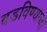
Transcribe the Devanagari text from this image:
बडविण्याचा